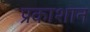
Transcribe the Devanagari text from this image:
प्रकाशान